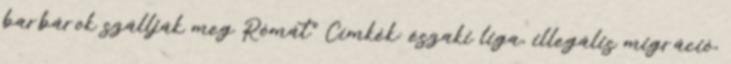
barbárok szállják meg Rómát” Címkék: északi liga, illegális migráció,